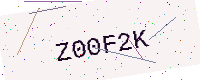
Text: Z00F2K